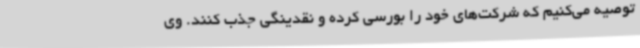
توصیه می‌کنیم که شرکت‌های خود را بورسی کرده و نقدینگی جذب کنند. وی